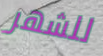
للشهر